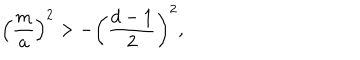
\left( { \frac { m } { a } } \right) ^ { 2 } > - \biggl ( { \frac { d - 1 } { 2 } } \biggr ) ^ { 2 } ,